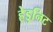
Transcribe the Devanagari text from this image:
हेडुनिट